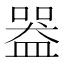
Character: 𥂍